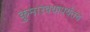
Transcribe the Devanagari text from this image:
कुमारवयापर्यंतच